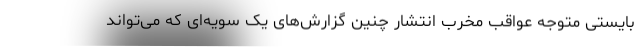
بایستی متوجه عواقب مخرب انتشار چنین گزارش‌های یک سویه‌ای که می‌تواند